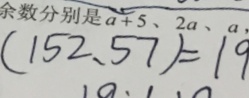
( 1 5 2 、 5 7 ) = 1 9